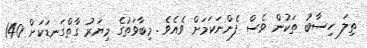
ތިލަ ހިސާބު ތަކުން ވެސް ފެންނަކަމަށް ވެއެވެ. މިބާވަތުގެ މިޔަރު ގާތްގަނޑަކަށް 140